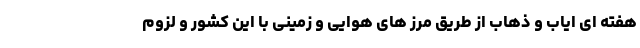
هفته ای ایاب و ذهاب از طریق مرز های هوایی و زمینی با این کشور و لزوم